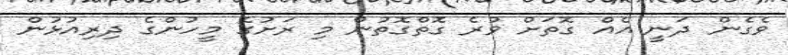
ވެގެން ދަނީ އެއް ގޮތަށް ވުރެ ގޮތްގޮތުން މި ރަށުގެ މީހުންގެ ދިރިއުޅުން